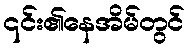
၎င်း၏နေအိမ်တွင်